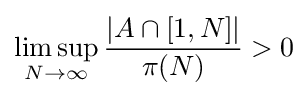
\limsup _{N\rightarrow \infty }{\frac {|A\cap [1,N]|}{\pi (N)}}>0